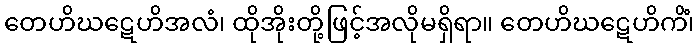
တေဟိဃဋေဟိအလံ၊ ထိုအိုးတို့ဖြင့်အလိုမရှိရာ။ တေဟိဃဋေဟိကိံ၊